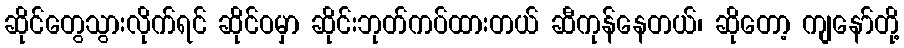
ဆိုင်တွေသွားလိုက်ရင် ဆိုင်ဝမှာ ဆိုင်းဘုတ်ကပ်ထားတယ် ဆီကုန်နေတယ်၊ ဆိုတော့ ကျနော်တို့